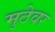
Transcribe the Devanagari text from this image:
मुठेवर